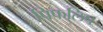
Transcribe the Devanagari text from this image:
पिफलिप